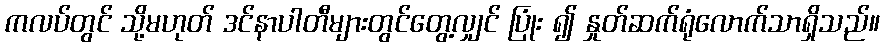
ကလပ်တွင် သို့မဟုတ် ဒင်နာပါတီများတွင်တွေ့လျှင် ပြုံး ၍ နှုတ်ဆက်ရုံလောက်သာရှိသည်။